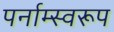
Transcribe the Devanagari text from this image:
पर्नाम्स्वरूप